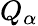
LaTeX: Q_{\alpha}